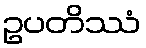
ဥပတိဿံ